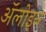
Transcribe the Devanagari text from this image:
ॲलोइन